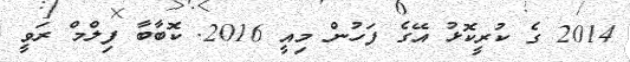
2014 ގެ ކުރީކޮޅު އޭގެ ފަހުން މިއީ 2016. ކޮބާބާ ފިލްމް ރަވީ